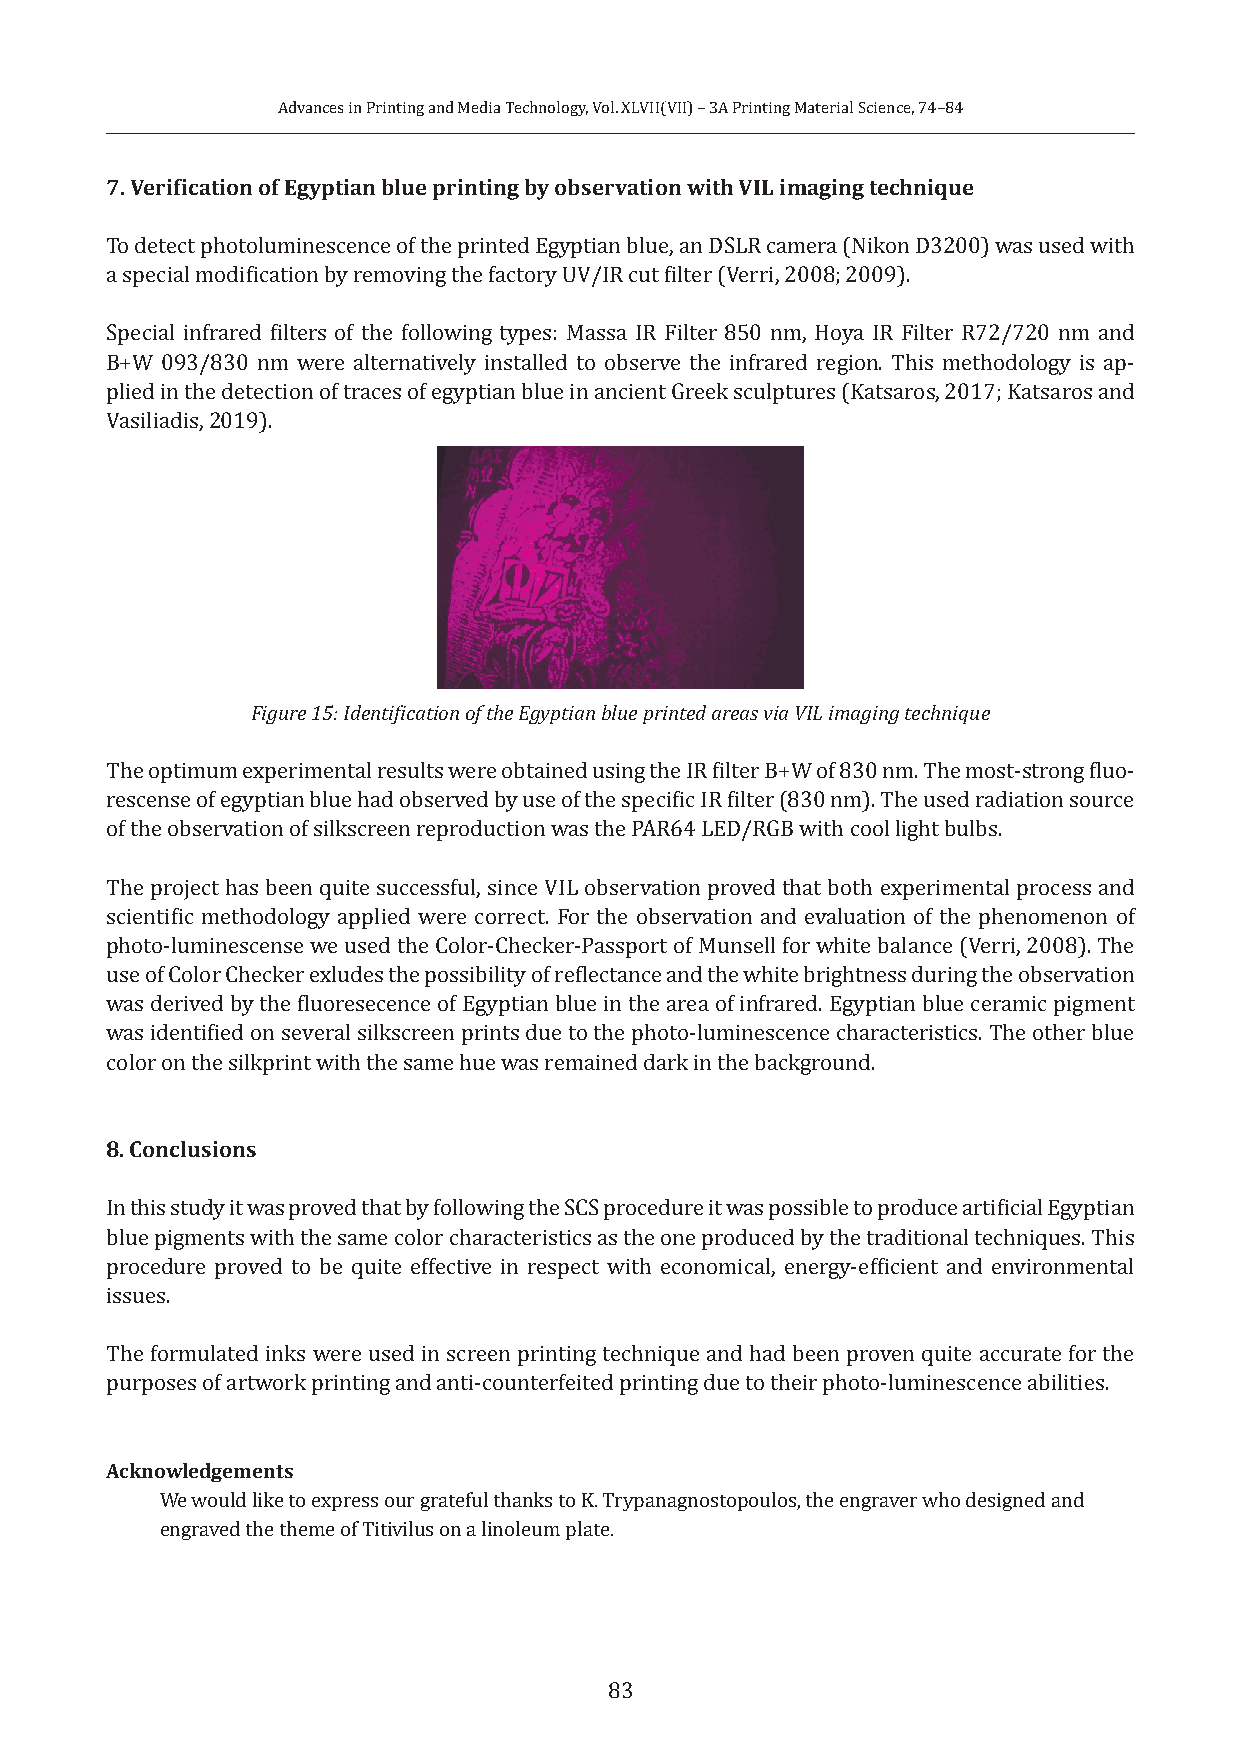
Advances in Printing and Media Technology, Vol. XLVII(VII) – 3A Printing Material Science, 74–84
 7. Verification of Egyptian blue printing by observation with VIL imaging technique
 To detect photoluminescence of the printed Egyptian blue, an DSLR camera (Nikon D3200) was used with
 a special modification by removing the factory UV/IR cut filter (Verri, 2008; 2009).
 Special infrared filters of the following types: Massa IR Filter 850 nm, Hoya IR Filter R72/720 nm and
 B+W 093/830 nm were alternatively installed to observe the infrared region. This methodology is ap-
 plied in the detection of traces of egyptian blue in ancient Greek sculptures (Katsaros, 2017; Katsaros and
 Vasiliadis, 2019).
 Figure 15: Identification of the Egyptian blue printed areas via VIL imaging technique
 The optimum experimental results were obtained using the IR filter B+W of 830 nm. The most-strong fluo-
 rescense of egyptian blue had observed by use of the specific IR filter (830 nm). The used radiation source
 of the observation of silkscreen reproduction was the PAR64 LED/RGB with cool light bulbs.
 The project has been quite successful, since VIL observation proved that both experimental process and
 scientific methodology applied were correct. For the observation and evaluation of the phenomenon of
 photo-luminescense we used the Color-Checker-Passport of Munsell for white balance (Verri, 2008). The
 use of Color Checker exludes the possibility of reflectance and the white brightness during the observation
 was derived by the fluoresecence of Egyptian blue in the area of infrared. Egyptian blue ceramic pigment
 was identified on several silkscreen prints due to the photo-luminescence characteristics. The other blue
 color on the silkprint with the same hue was remained dark in the background.
 8. Conclusions
 In this study it was proved that by following the SCS procedure it was possible to produce artificial Egyptian
 blue pigments with the same color characteristics as the one produced by the traditional techniques. This
 procedure proved to be quite effective in respect with economical, energy-efficient and environmental
 issues.
 The formulated inks were used in screen printing technique and had been proven quite accurate for the
 purposes of artwork printing and anti-counterfeited printing due to their photo-luminescence abilities.
 Acknowledgements
 We would like to express our grateful thanks to K. Trypanagnostopoulos, the engraver who designed and
 engraved the theme of Titivilus on a linoleum plate.
 83